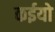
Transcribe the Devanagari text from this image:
कईयो